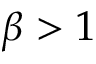
\beta > 1